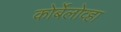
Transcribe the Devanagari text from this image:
कोर्बेलोव्हा